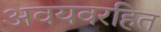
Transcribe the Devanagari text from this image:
अवयवरहित